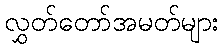
လွှတ်တော်အမတ်များ